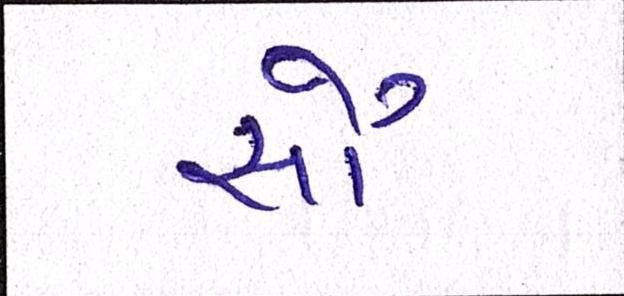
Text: સૌ